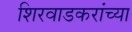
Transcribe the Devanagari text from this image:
शिरवाडकरांच्या